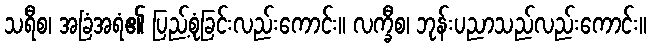
သရီစ၊ အခြံအရံ၏ ပြည့်စုံခြင်းလည်းကောင်း။ လက္ခီစ၊ ဘုန်းပညာသည်လည်းကောင်း။